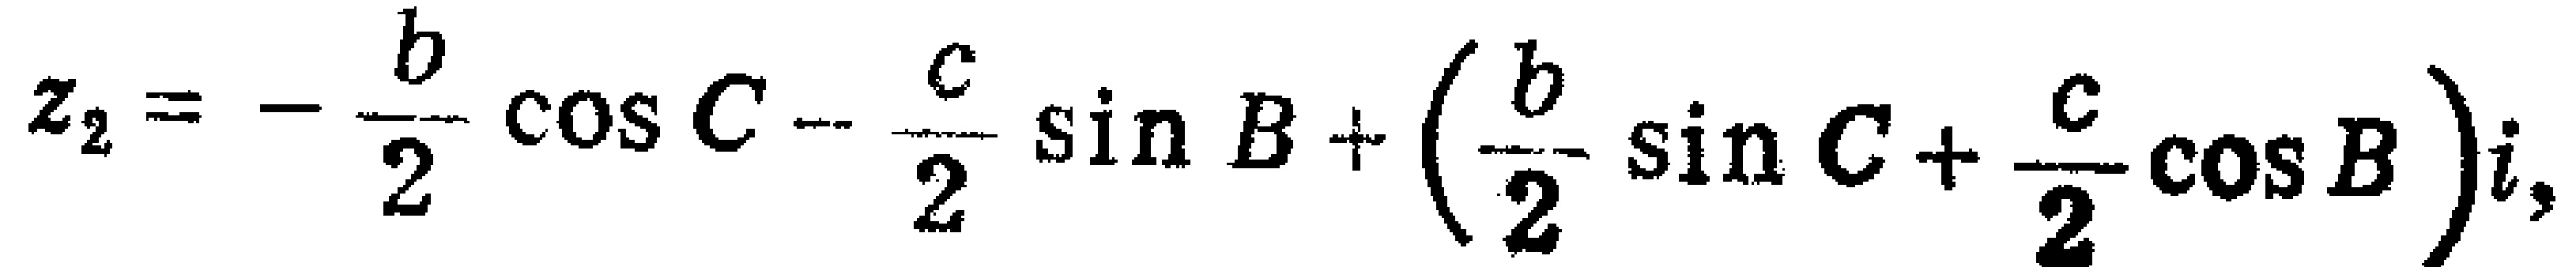
\(z_{2}=-\frac{b}{2}\cos C - \frac{c}{2}\sin B+\left(\frac{b}{2}\sin C+\frac{c}{2}\cos B\right)i,\)